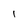
Character: 1